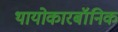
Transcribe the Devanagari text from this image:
थायोकारबॉनिक